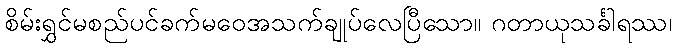
စိမ်းရွှင်မစည်ပင်ခက်မဝေအသက်ချုပ်လေပြီသော။ ဂတာယုသင်္ခါရဿ၊